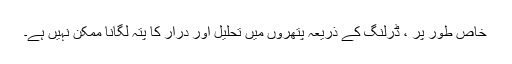
خاص طور پر ، ڈرلنگ کے ذریعہ پتھروں میں تحلیل اور درار کا پتہ لگانا ممکن نہیں ہے۔